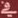
في